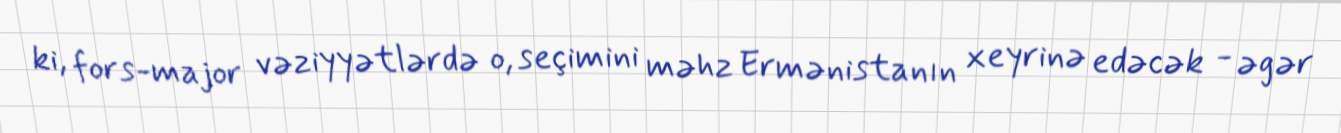
ki, fors-major vəziyyətlərdə o, seçimini məhz Ermənistanın xeyrinə edəcək - əgər